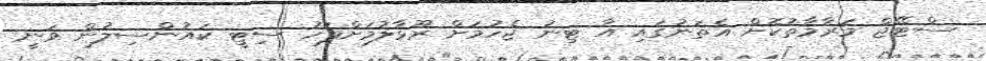
ސްޓޭޖް މަރާމާތުކޮށް އެތަނުގައި އާ ޓިނު ޖެހުމަށް ރޫޅާލުމަށްފަހު ސިޓީ ކައުންސިލުން ވަނީ